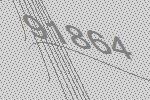
91864